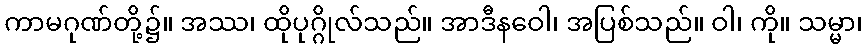
ကာမဂုဏ်တို့၌။ အဿ၊ ထိုပုဂ္ဂိုလ်သည်။ အာဒီနဝေါ၊ အပြစ်သည်။ ဝါ၊ ကို။ သမ္မာ၊